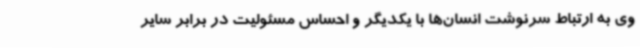
وی به ارتباط سرنوشت انسان‌ها با یکدیگر و احساس مسئولیت در برابر سایر